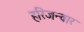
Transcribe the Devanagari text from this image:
हरिजन्वार